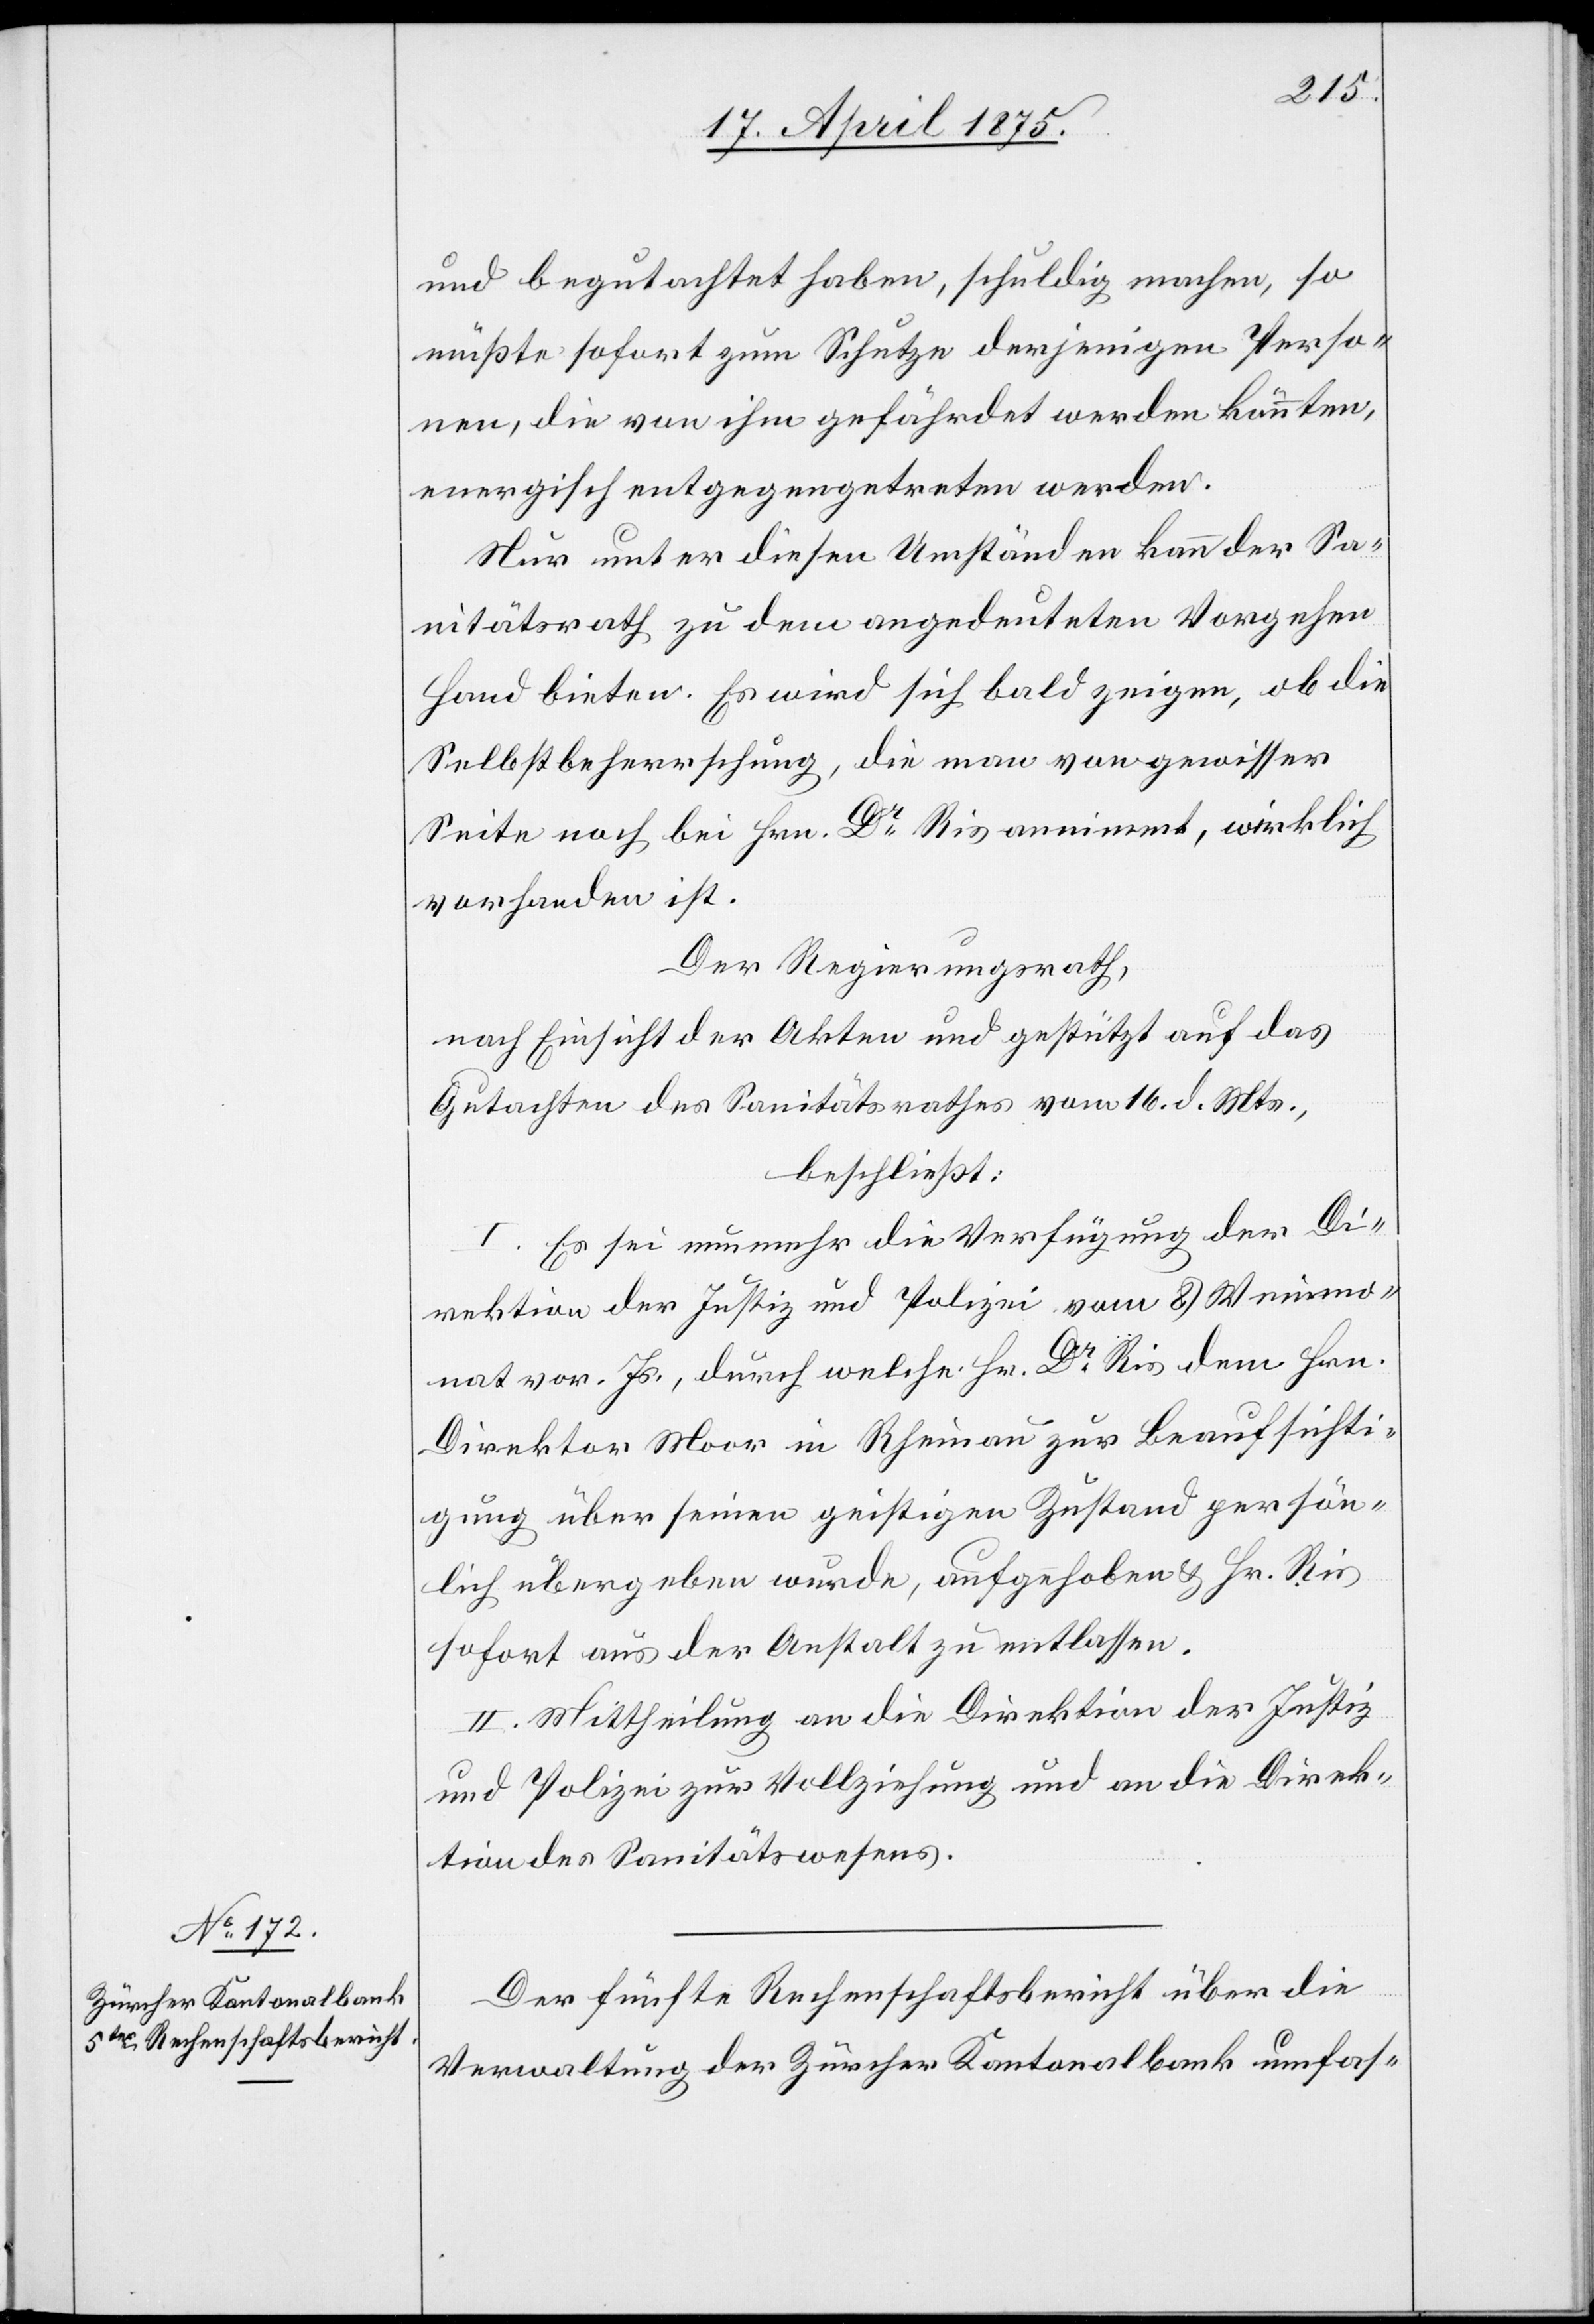
und begutachtet haben, schuldig machen, so
müßte sofort zum Schutze derjenigen Perso¬
nen, die von ihm gefährdet werden könnten,
energisch entgegengetreten werden.
Nur unter diesen Umständen kann der Sa¬
nitätsrath zu dem angedeuteten Vorgehen
Hand bieten. Es wird sich bald zeigen, ob die
Selbstbeherrschung, die man von gewisser
Seite noch bei Hrn. Dr. Ris annimmt, wirklich
vorhanden ist.
Der Regierungsrath,
nach Einsicht der Akten und gestützt auf das
Gutachten des Sanitätsrathes vom 16. d. Mts.,
beschließt:
I. Es sei nun mehr die Verfügung der Di¬
rektion der Justiz und Polizei vom 8. Weinmo¬
nat vor. Js., durch welche Hr. Dr Ris dem Hrn.
Direktor Moor in Rheinau zur Beaufsichti¬
gung über seinen geistigen Zustand persön¬
lich übergeben werde, aufgehoben & Hr. Ris
sofort aus der Anstalt zu entlassen.
II. Mittheilung an die Direktion der Justiz
und Polizei zu Vollziehung und an die Direk¬
tion des Sanitätswesens.
Der fünfte Rechenschaftsbericht über die
Verwaltung der Zürcher Kantonalbank umfas-